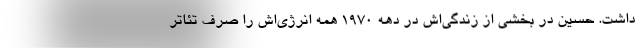
داشت. حسین در بخشی از زندگی‌اش در دهه ۱۹۷۰ همه انرژی‌اش را صرف تئاتر